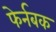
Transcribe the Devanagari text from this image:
फेर्नबक